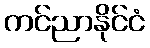
ကင်ညာနိုင်ငံ